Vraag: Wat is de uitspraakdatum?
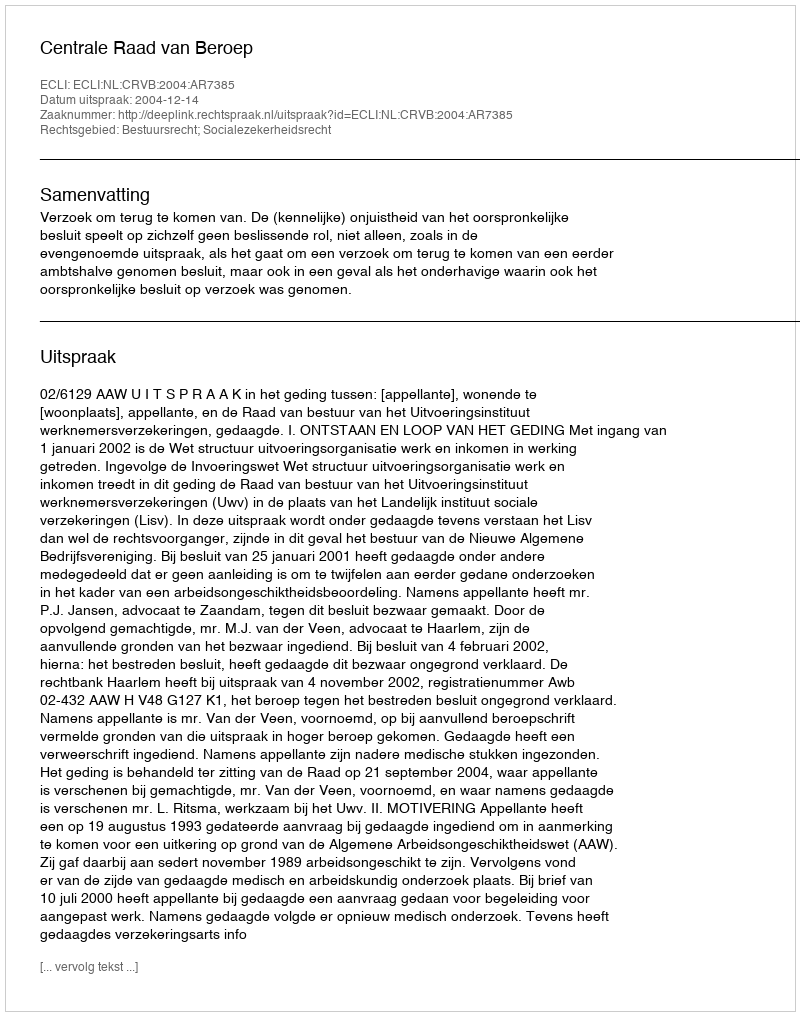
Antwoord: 2004-12-14